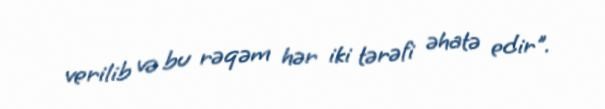
verilib və bu rəqəm hər iki tərəfi əhatə edir".